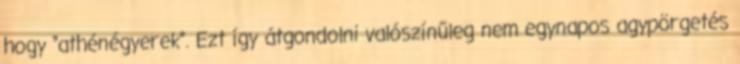
hogy “athénégyerek”. Ezt így átgondolni valószínűleg nem egynapos agypörgetés